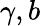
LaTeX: \gamma,b